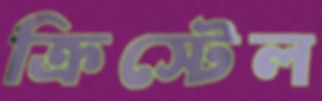
ক্রিস্টেল